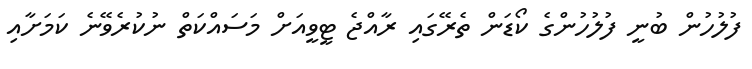
ފުލުހުން ބުނީ ފުލުހުންގެ ކޯޑަން ތެރޭގައި ރާއްޖެ ޓީވީއަށް މަސައްކަތް ނުކުރެވޭނެ ކަމަށާއި